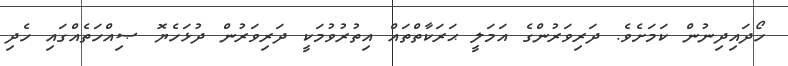
ހޯދައިދިނުން ކަމަށެވެ. ދަރިވަރުންގެ އަމަލީ ޙަރަކާތްތައް އިތުރުވުމަކީ ދަރިވަރުން ދުޅަހެޔޮ ޞިއްހަތެއްގައި ހެދި